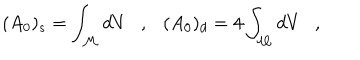
LaTeX: ( A _ { 0 } ) _ { s } = \int _ { \cal M } d V , ( A _ { 0 } ) _ { d } = 4 \int _ { \cal M } d V ,